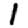
Digit: 1